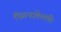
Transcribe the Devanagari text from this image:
पिगनातेल्ली